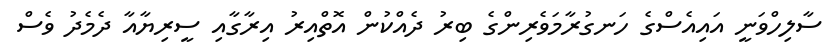
ސާލިހްވަނީ އައިއެސްގެ ހަނގުރާމަވެރިންގެ ބިރު ދެއްކުން އޮތްއިރު އިރާގާއި ސީރިޔާއާ ދެމެދު ވެސް